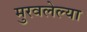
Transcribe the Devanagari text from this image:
मुरवलेल्या